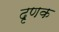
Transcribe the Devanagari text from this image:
दृणक